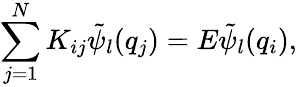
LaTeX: \sum_{j=1}^{N}K_{ij}\tilde{\psi}_{l}(q_{j})=E\tilde{\psi}_{l}(q_{i}),